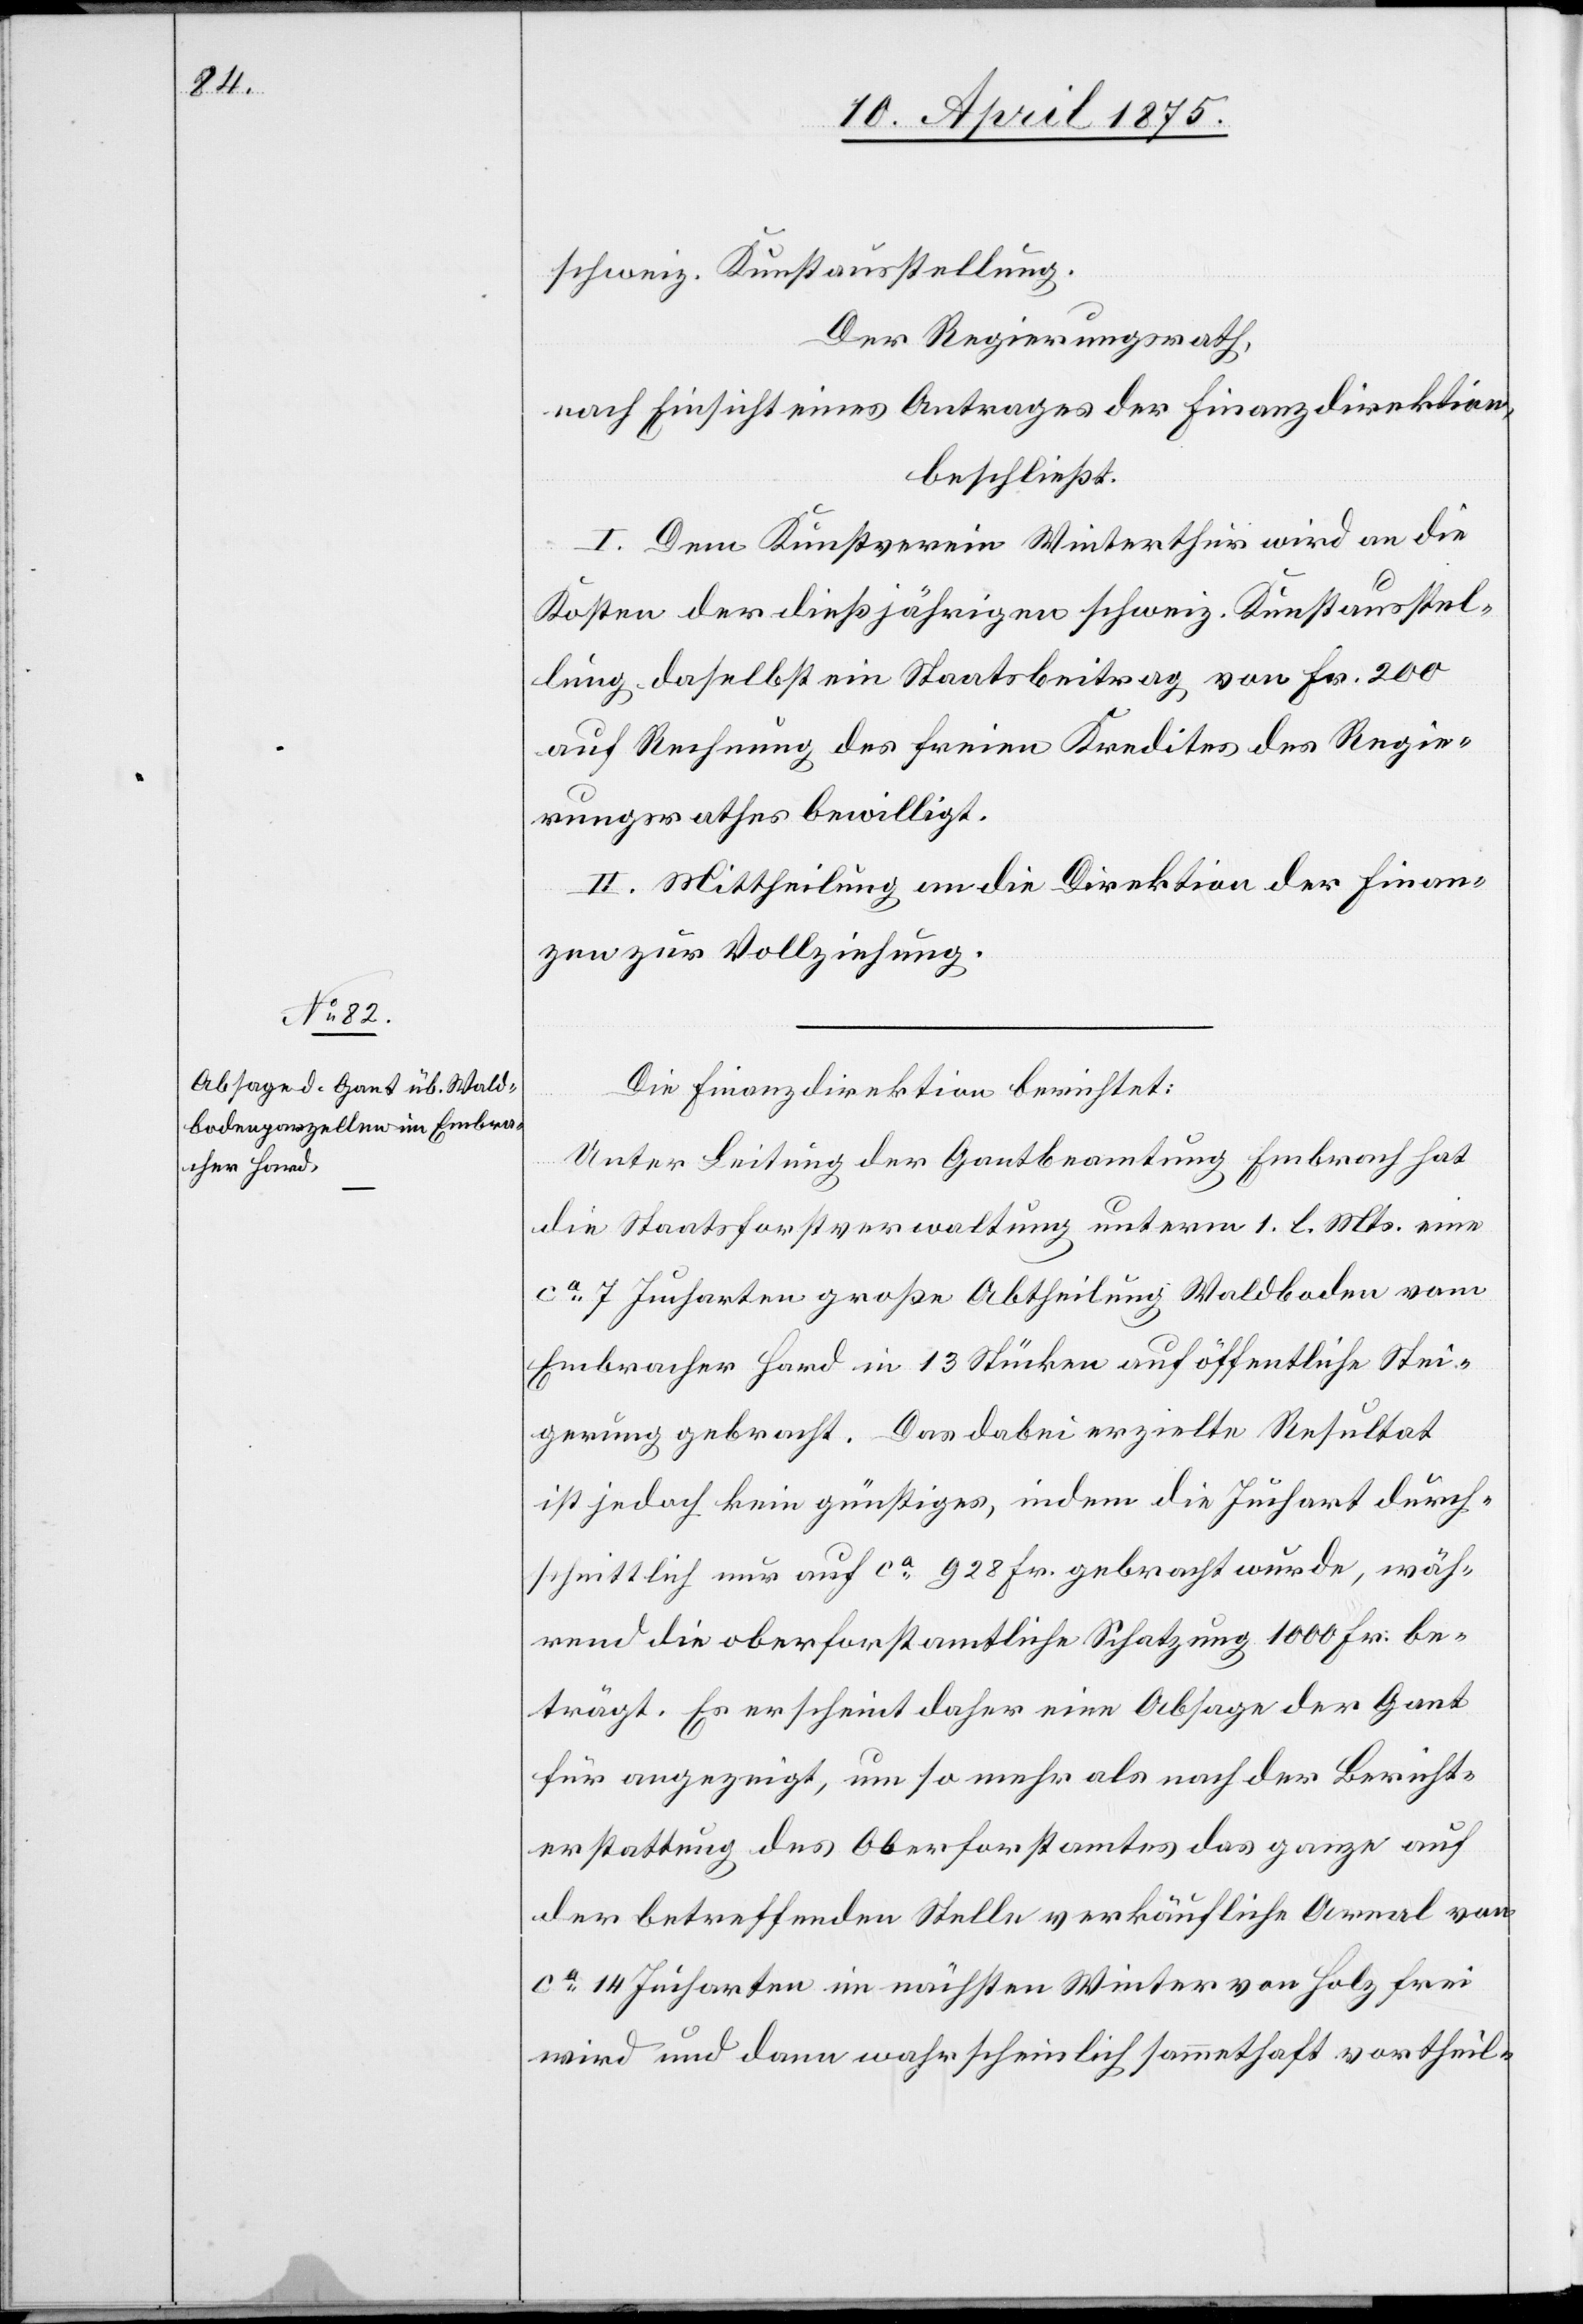
schweiz. Kunstaustellung.
Der Regierungsrath,
nach Einsicht eines Antrages der Finanzdirektion,
beschließt:
I. Dem Kunstverein Winterthur wird an die
Kosten der dießjährigen schweiz. Kunstausstel¬
lung daselbst ein Staatsbeitrag von Fr. 200
auf Rechnung des freien Kredites des Regie¬
rungsrathes bewilligt.
II. Mittheilung an die Direktion der Finan¬
zen zur Vollziehung.
Die Finanzdirektion berichtet:
Unter Leitung der Gantbeamtung Embrach hat
die Staatsforstverwaltung unterm 1. l. Mts eine
ca 7 Jucharten große Abtheilung Waldboden vom
Embracher Hard in 13 Stücken auf öffentliche Stei¬
gerung gebracht. Das dabei erzielte Resultat
ist jedoch kein günstiges, indem die Juchart durch¬
schnittlich nur auf ca 928 Fr. gebracht wurde, wäh¬
rend die oberforstamtliche Schätzung 1000 Fr. be¬
trägt. Es erscheint daher eine Absage der Gant
für angezeigt, um so mehr als nach der Bericht¬
erstattung des Oberforstamtes das ganze auf
der betreffenden Stelle verkäufliche Areal von
ca 14 Jucharten im nächsten Winter von Holz frei
wird und dann wahrscheinlich sammethaft vortheil-